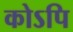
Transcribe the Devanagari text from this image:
कोऽपि